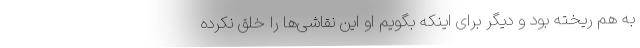
به هم ریخته بود و دیگر برای اینکه بگویم او این نقاشی‌ها را خلق نکرده